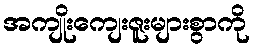
အကျိုးကျေးဇူးများစွာကို